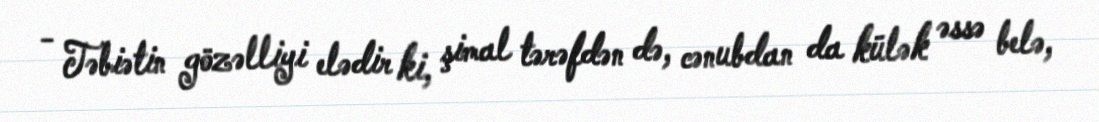
- Təbiətin gözəlliyi elədir ki, şimal tərəfdən də, cənubdan da külək əssə belə,